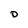
Character: D